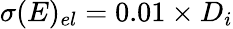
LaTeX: \sigma(E)_{el}=0.01\times D_{i}